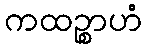
ကထဉ္စာဟံ